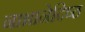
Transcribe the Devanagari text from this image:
नाभानेदिष्ठ